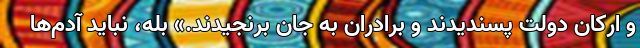
و ارکان دولت پسندیدند و برادران به جان برنجیدند.» بله، نباید آدم‌ها